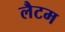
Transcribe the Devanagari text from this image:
लैटम